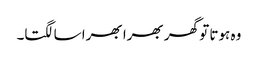
وہ ہوتا تو گھر بھرا بھرا سا لگتا۔